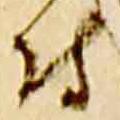
付